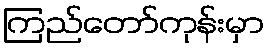
ကြည်တော်ကုန်းမှာ